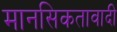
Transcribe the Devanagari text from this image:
मानसिकतावादी